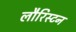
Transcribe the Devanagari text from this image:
लौरिस्टन